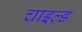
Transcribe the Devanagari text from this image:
चाइल्‍ड